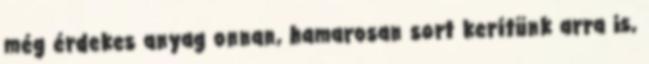
még érdekes anyag onnan, hamarosan sort kerítünk arra is,